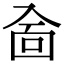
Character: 𠓮